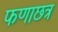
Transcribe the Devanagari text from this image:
फणाछत्र